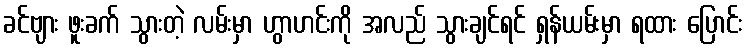
ခင်ဗျား ဖူးခက် သွားတဲ့ လမ်းမှာ ဟွာဟင်းကို အလည် သွားချင်ရင် ရှန်ယမ်းမှာ ရထား ပြောင်း